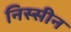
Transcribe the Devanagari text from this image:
निस्सीन